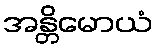
အန္တိမောယံ